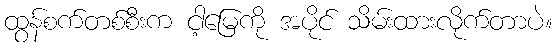
ထွန်စက်တစ်စီးက ငါ့မြေကို အပိုင် သိမ်းထားလိုက်တာပဲ။